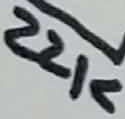
Text: 22K